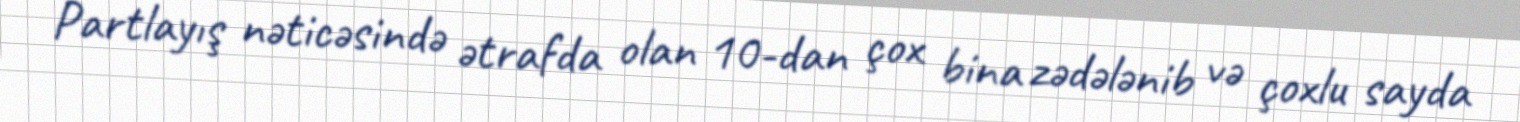
Partlayış nəticəsində ətrafda olan 10-dan çox bina zədələnib və çoxlu sayda